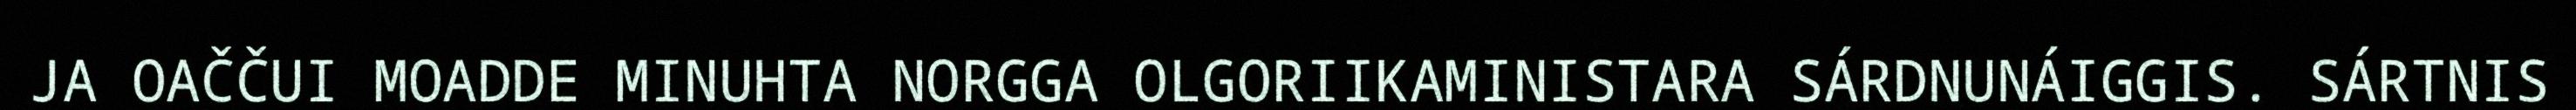
JA OAČČUI MOADDE MINUHTA NORGGA OLGORIIKAMINISTARA SÁRDNUNÁIGGIS. SÁRTNIS